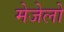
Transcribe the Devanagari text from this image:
मेजेलो